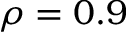
\rho = 0 . 9